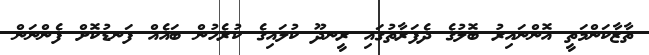
ތާޒާކަންމަތީ އޮންނައިރު ބޮލުގެ ދެފަރާތުގައި ރީނދޫ ކުލައިގެ ކުރެހުން ބައެއް ފަނޑުކޮށް ފެންނަން